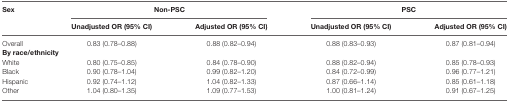
<table><thead><tr><td rowspan="2"><b>Sex</b></td><td colspan="2"><b>Non-PSC</b></td><td colspan="2"><b>PSC</b></td></tr><tr><td><b>Unadjusted OR (95% CI)</b></td><td><b>Adjusted OR (95% CI)</b></td><td><b>Unadjusted OR (95% CI)</b></td><td><b>Adjusted OR (95% CI)</b></td></tr></thead><tbody><tr><td>Overall</td><td>0.83 (0.78–0.88)</td><td>0.88 (0.82–0.94)</td><td>0.88 (0.83–0.93)</td><td>0.87 (0.81–0.94)</td></tr><tr><td colspan="5"><b>By race/ethnicity</b></td></tr><tr><td>White</td><td>0.80 (0.75–0.85)</td><td>0.84 (0.78–0.90)</td><td>0.88 (0.82–0.94)</td><td>0.85 (0.78–0.93)</td></tr><tr><td>Black</td><td>0.90 (0.78–1.04)</td><td>0.99 (0.82–1.20)</td><td>0.84 (0.72–0.99)</td><td>0.96 (0.77–1.21)</td></tr><tr><td>Hispanic</td><td>0.92 (0.74–1.12)</td><td>1.04 (0.82–1.33)</td><td>0.87 (0.66–1.14)</td><td>0.85 (0.61–1.18)</td></tr><tr><td>Other</td><td>1.04 (0.80–1.35)</td><td>1.09 (0.77–1.53)</td><td>1.00 (0.81–1.24)</td><td>0.91 (0.67–1.25)</td></tr></tbody></table>